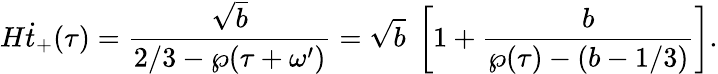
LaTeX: H\dot{t}_{+}(\tau)=\frac{\sqrt{b}}{2/3-\wp(\tau+\omega^{\prime})}=\sqrt{b}\; \left[1+\frac{b}{\wp(\tau)-(b-1/3)}\right].